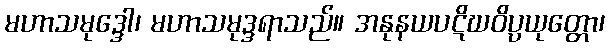
မဟာသမုဒ္ဒေါ၊ မဟာသမုဒ္ဒရာသည်။ အနုနယပဋိဃဝိပ္ပယုတ္တော၊